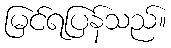
မြင်ရပြန်သည်။